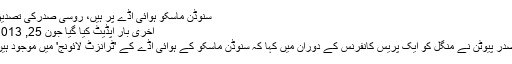
سنوڈن ماسکو ہوائی اڈے پر ہیں، روسی صدرکی تصدیق
آخری بار اپڈیٹ کیا گیا جون 25, 2013
صدر پیوٹن نے منگل کو ایک پریس کانفرنس کے دوران میں کہا کہ سنوڈن ماسکو کے ہوائی اڈے کے 'ٹرانزٹ لائونج' میں موجود ہیں۔